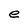
Character: e